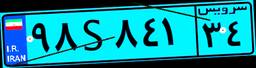
۹۸S۸۴۱۳۴